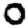
Digit: 0